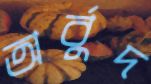
অর্বুদ